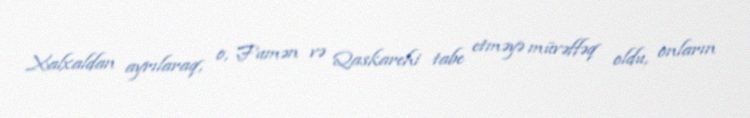
Xalxaldan ayrılaraq, o, Fumən və Qaskarehi tabe etməyə müvəffəq oldu, onların